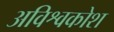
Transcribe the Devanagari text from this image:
अविश्वकोश